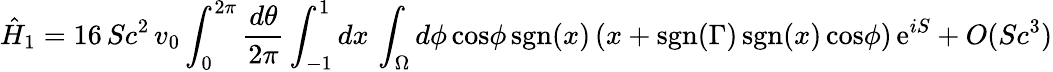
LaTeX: \hat{H}_{1}=16\, Sc^{2}\, v_{0}\int_{0}^{2\pi}{\frac{d\theta}{2\pi}}\int_{-1}^{1}dx\, \int_{\Omega}d\phi\, \mathrm{cos}\phi\, \mathrm{sgn}(x)\, (x+\mathrm{sgn}(\Gamma)\, \mathrm{sgn}(x)\, \mathrm{cos}\phi)\, \mathrm{e}^{iS}+O(Sc^{3})